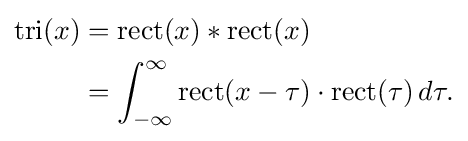
{\begin{aligned}\operatorname {tri} (x)&=\operatorname {rect} (x)*\operatorname {rect} (x)\\&=\int _{-\infty }^{\infty }\operatorname {rect} (x-\tau )\cdot \operatorname {rect} (\tau )\,d\tau .\\\end{aligned}}